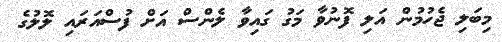
މިބަލި ޖެހުމުން އަލި ފޮނުވާ މަގު ގައިވާ ލެންސް އަށް ފުސްއަރައި ލޮލުގެ